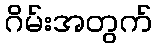
ဂိမ်းအတွက်